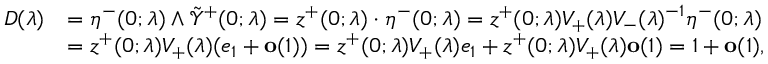
\begin{array} { r l } { D ( \lambda ) } & { = \eta ^ { - } ( 0 ; \lambda ) \wedge \tilde { \mathcal { Y } } ^ { + } ( 0 ; \lambda ) = z ^ { + } ( 0 ; \lambda ) \cdot \eta ^ { - } ( 0 ; \lambda ) = z ^ { + } ( 0 ; \lambda ) V _ { + } ( \lambda ) V _ { - } ( \lambda ) ^ { - 1 } \eta ^ { - } ( 0 ; \lambda ) } \\ & { = z ^ { + } ( 0 ; \lambda ) V _ { + } ( \lambda ) ( e _ { 1 } + \mathbf { o } ( 1 ) ) = z ^ { + } ( 0 ; \lambda ) V _ { + } ( \lambda ) e _ { 1 } + z ^ { + } ( 0 ; \lambda ) V _ { + } ( \lambda ) \mathbf { o } ( 1 ) = 1 + \mathbf { o } ( 1 ) , } \end{array}